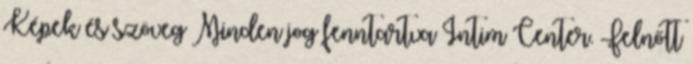
Képek és szöveg Minden jog fenntartva Intim Center. Felnőtt